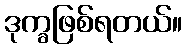
ဒုက္ခဖြစ်ရတယ်။